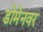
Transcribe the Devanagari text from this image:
डोमेनवर